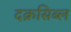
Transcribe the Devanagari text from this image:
दक्रसिब्ल